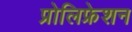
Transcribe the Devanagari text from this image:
प्रोलिफ्रेशन